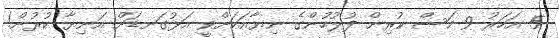
5 އަހަރު 9 މަސް ކުރިން ފުލުހުންގެ ނިޔާއަކަށްވީ އަޅުގަނޑަށް އަނިޔާ ކުރުން!